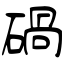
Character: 碢